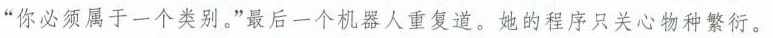
“你必须属于一个类别。”最后一个机器人重复道。她的程序只关心物种繁衍。